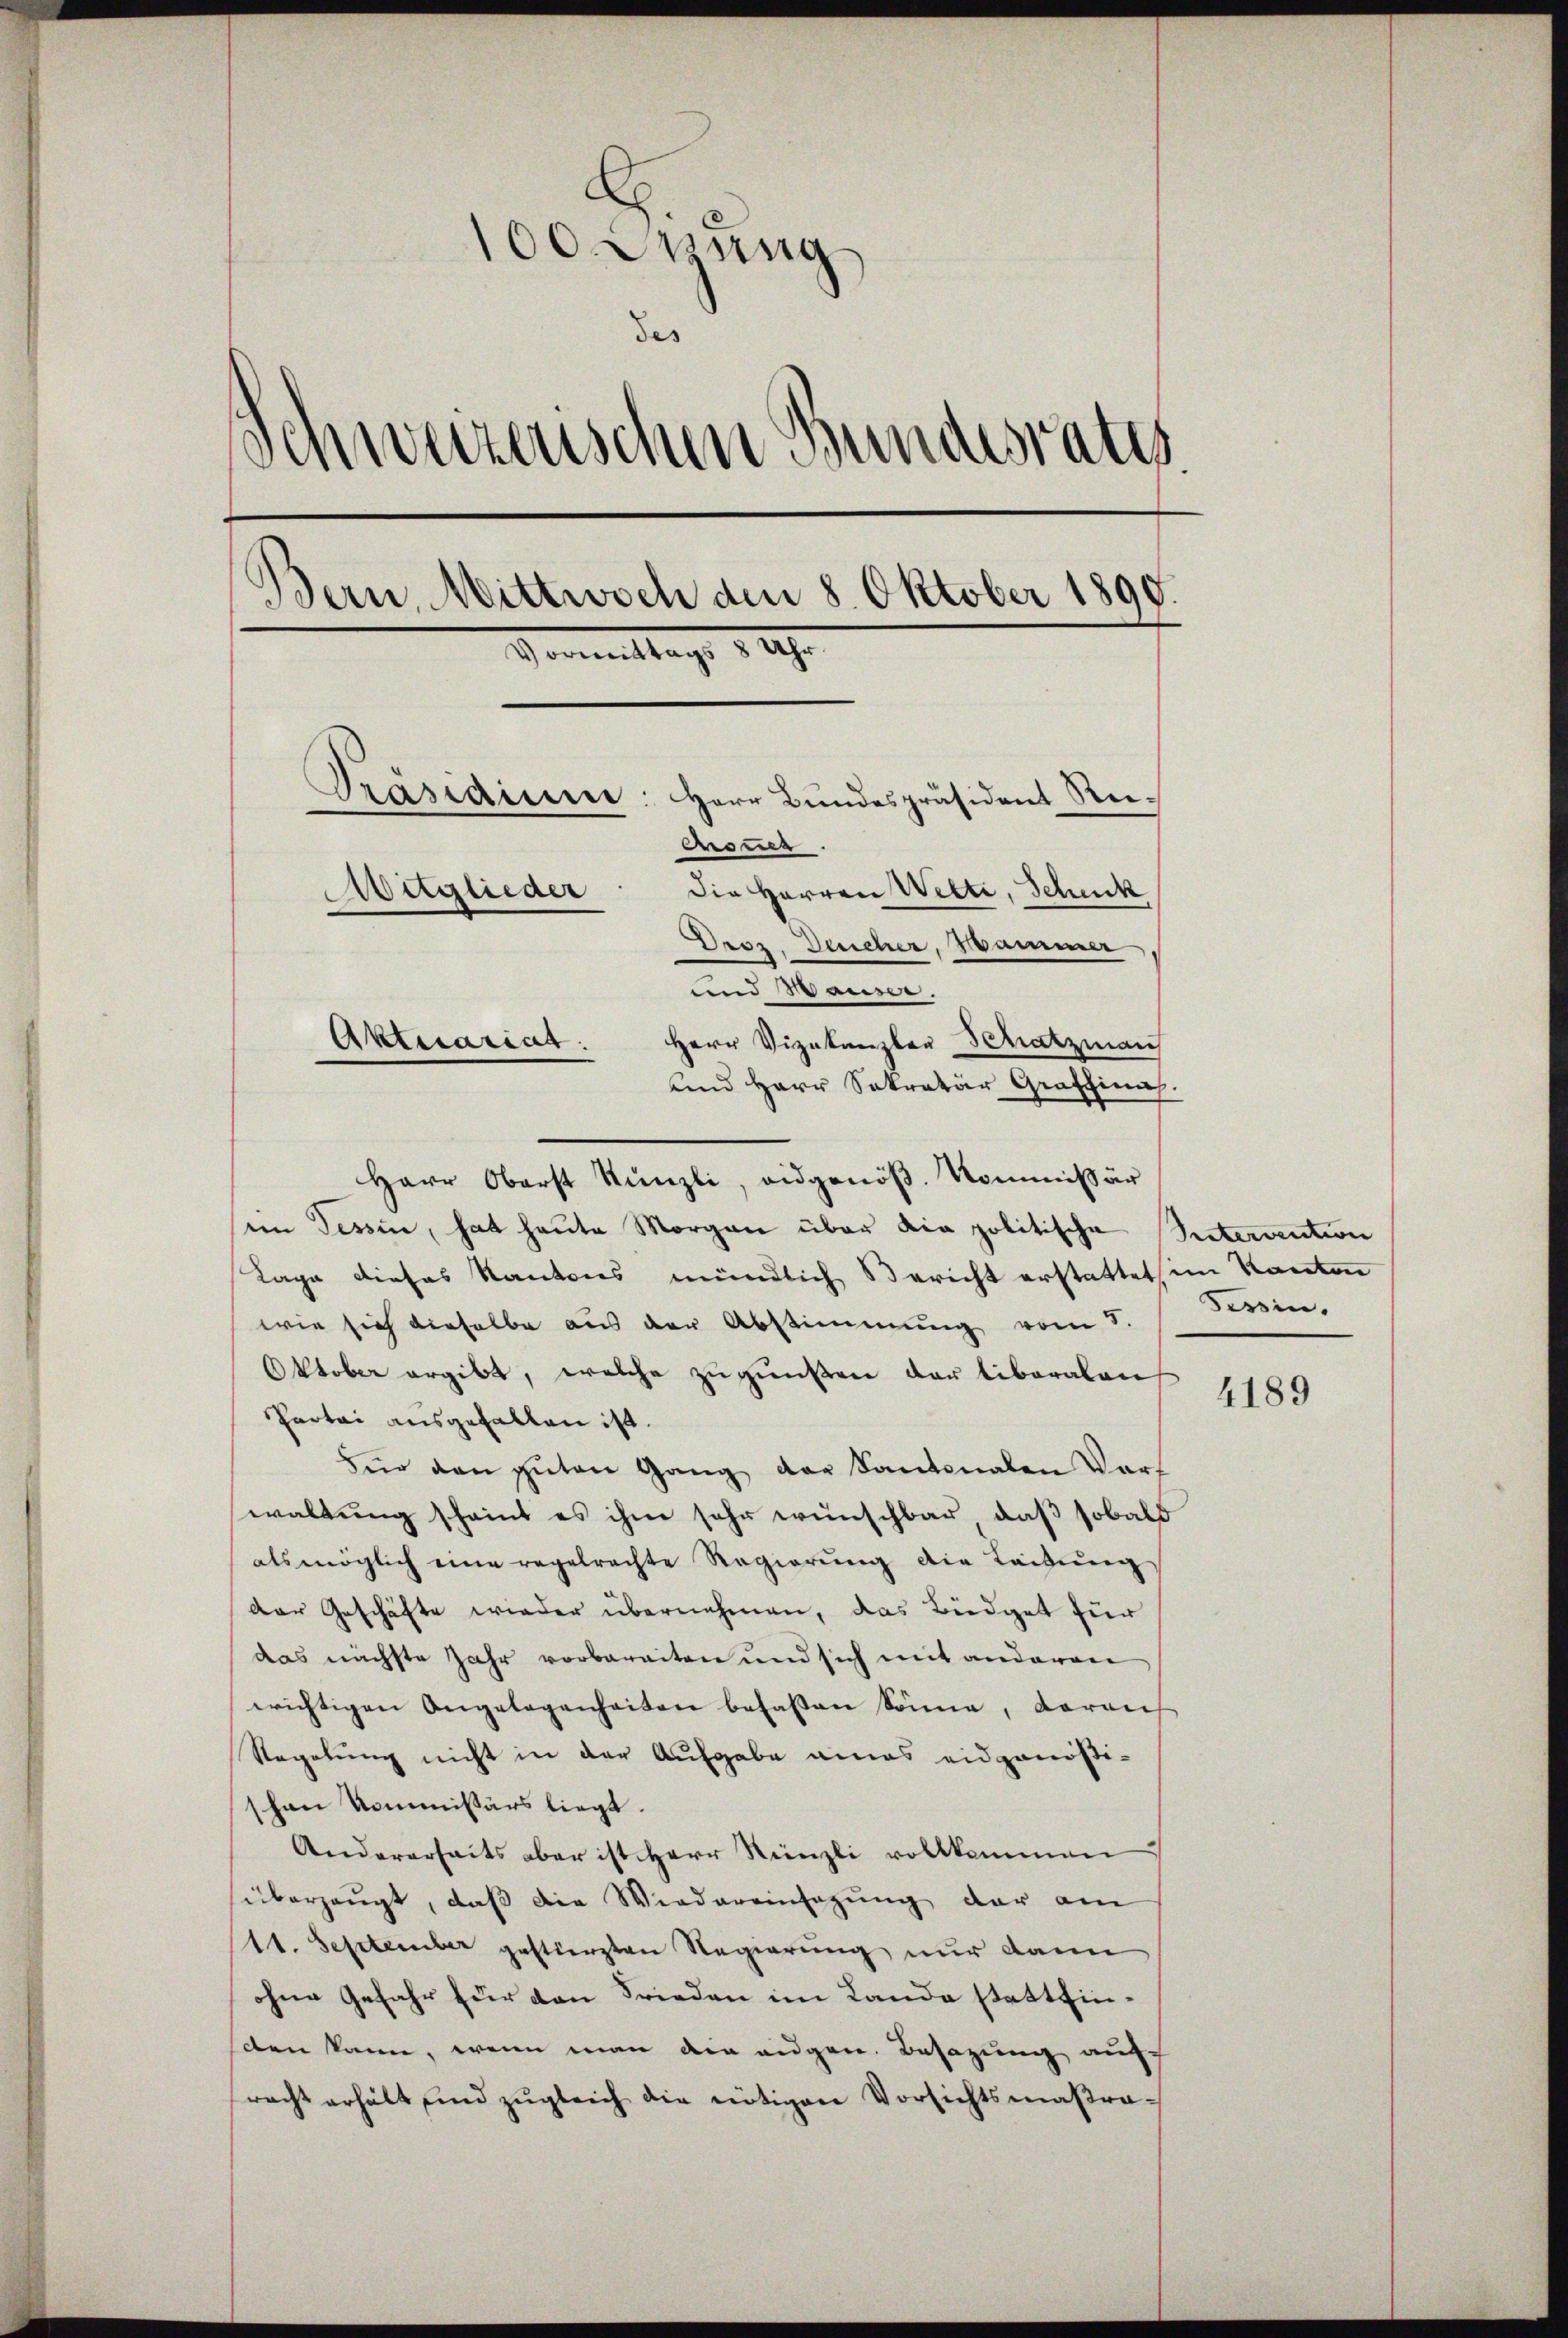
100. Stung
des
Schweizerischen Bundesrates
.
sern, Wittwoch den 8. Oktober 1890.
Vormittags 1890
Drasaum
Herr Bundespräsident Reiensur.
Die Herren Wette, Schenck
Mitglieder
Droz. Deicher, Sammer
und Hause.
Aktuariat.
Herr Vizekanzler Schatzman
und Herr Sekretär Graffinis.

Herr Oberst Künzli, eidgenöβ. Kommissär
im Tessin, hat heute Morgen über die politische Seitervention
Lage dieses Kantons mündlich Bericht erstattet, im Kanton
wie sich dieselbe aus der Abstimmung vom 8.
Oktober ergibt, welche zugunsten der liberalen
Partei ausgefallen ist.
Für den guten Gang der Kantonalen Vors
waltung scheint es ihm sehr wünschbar, daß sobald
als möglich eine regelrechte Regierŭng die Leitŭng
der Geschäfte wieder übernehmen, das Büdget für
das nächste Jahr vorbereiten und sich mit anderen
erichtigen Angelegenheiten besassen könne, darauf
Regelung nicht in der Aufgabe eines eidgenößischen Kommissärs liegt.
Andererseits aber ist Herr Künzli vollkommen
überzeugt, daß die Wiedereinsagung der am
111. September gestürzten Regierung nur dann
ohne Gefahr für den Frieden im Lande stattfinden kann, wenn man die eigen Besazung auf
racht erhält und zŭgleich die nötigen Vorsichtsmaβra-

Tessin.

4189